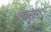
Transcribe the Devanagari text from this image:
दलख़राश